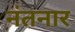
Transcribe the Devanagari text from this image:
नंतनार